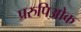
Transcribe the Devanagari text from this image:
प्ररुपिओक